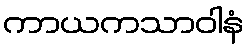
ကာယကသာဝါနံ